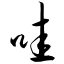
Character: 哇